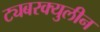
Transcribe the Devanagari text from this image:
ट्यबरक्युलीन